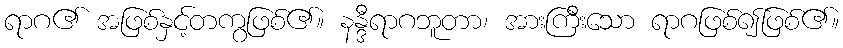
ရာဂ၏ အဖြစ်နှင့်တကွဖြစ်၏။ နန္ဒီရာဂဘူတာ၊ အားကြီးသော ရာဂဖြစ်၍ဖြစ်၏။